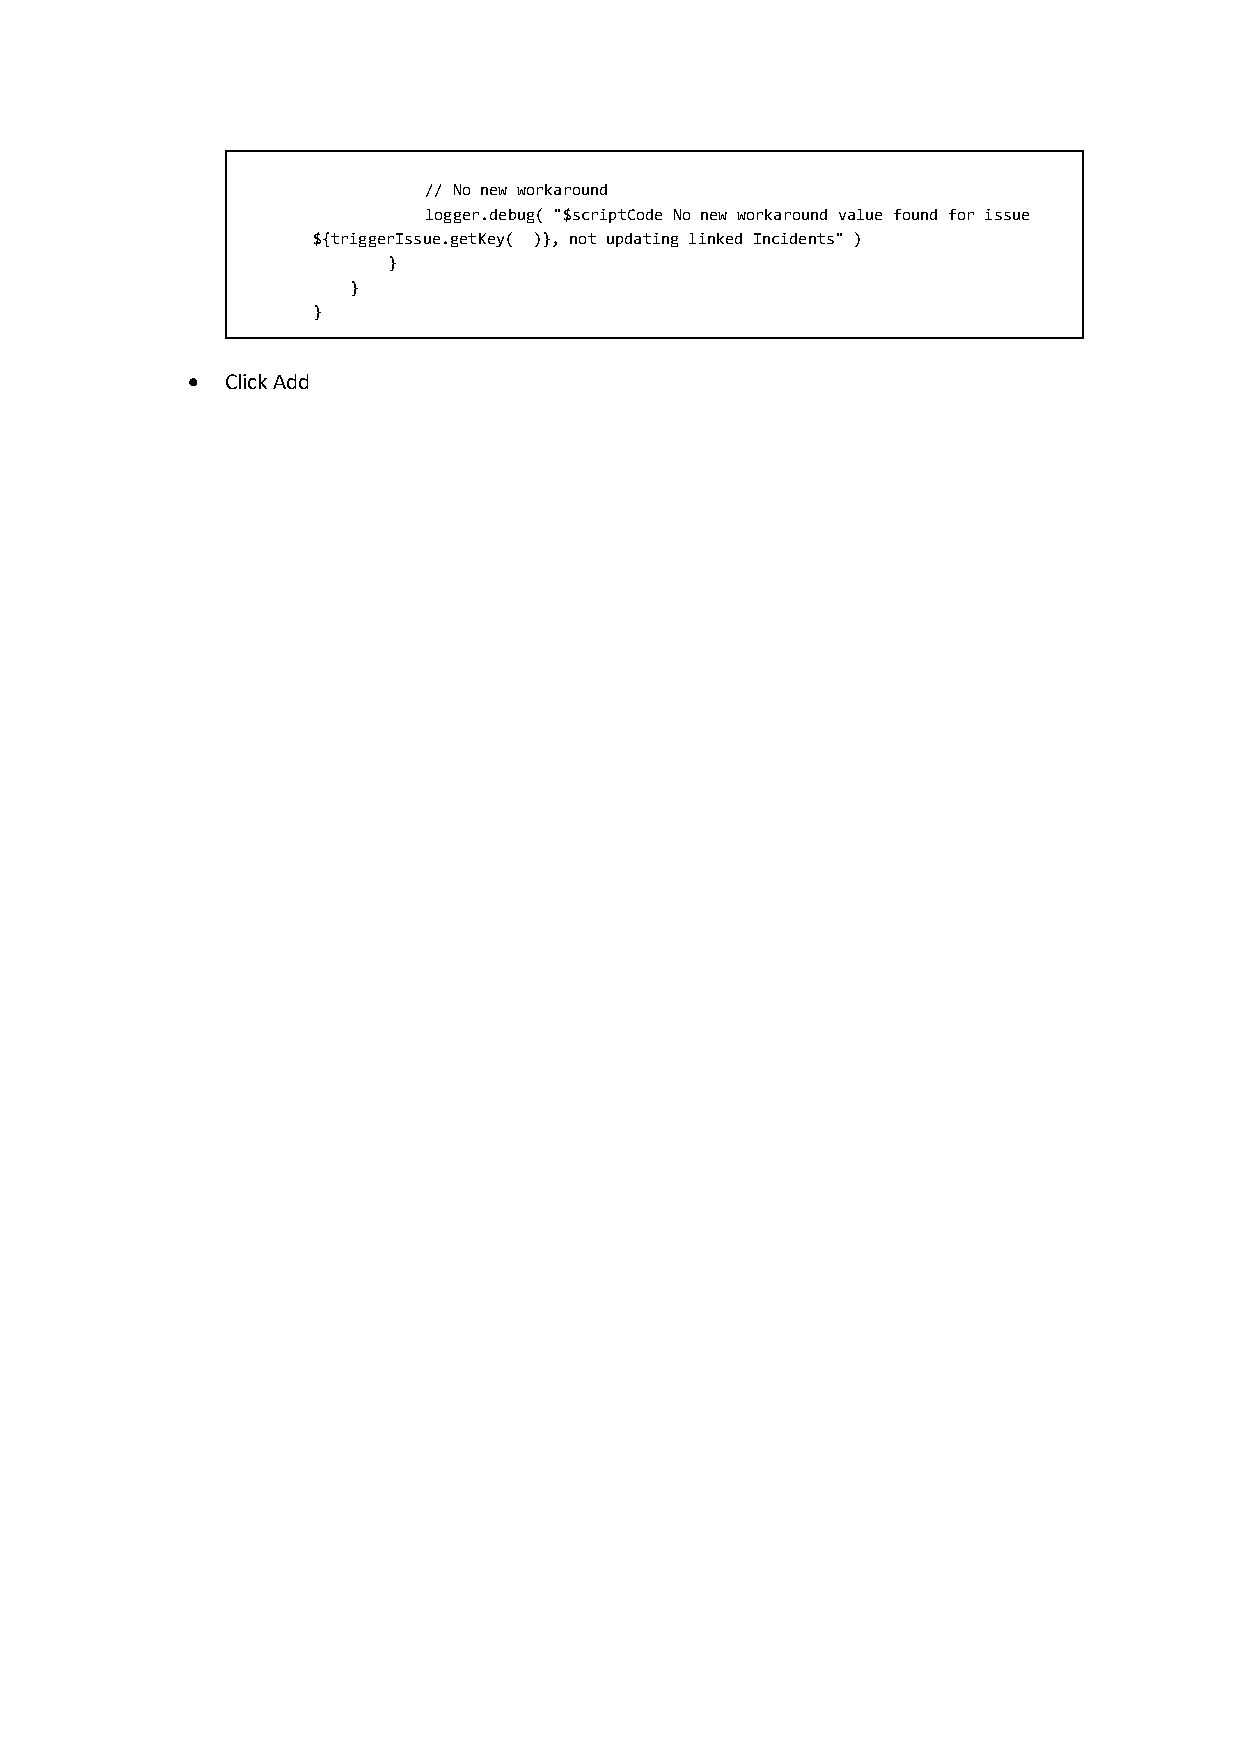
// No new workaround
 logger.debug( "$scriptCode No new workaround value found for issue
 ${triggerIssue.getKey( )}, not updating linked Incidents" )
 }
 }
 }
 •  Click Add